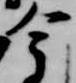
今